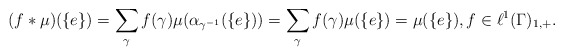
\begin{align*}(f*\mu)(\{e\})=\sum_{\gamma}f(\gamma)\mu(\alpha_{\gamma^{-1}}(\{e\}))=\sum_\gamma f(\gamma)\mu(\{e\})=\mu(\{e\}), f\in \ell^1(\Gamma)_{1,+}.\end{align*}